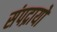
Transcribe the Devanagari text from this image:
संपद्रायों